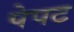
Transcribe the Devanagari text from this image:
पेपट